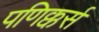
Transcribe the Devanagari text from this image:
पणिक्कर्स